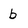
Character: b